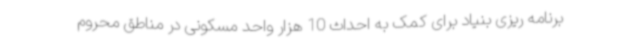
برنامه ریزی بنیاد برای کمک به احداث 10 هزار واحد مسکونی در مناطق محروم